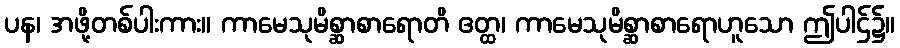
ပန၊ အဖို့တစ်ပါးကား။ ကာမေသုမိစ္ဆာစာရောတိ ဧတ္ထ၊ ကာမေသုမိစ္ဆာစာရောဟူသော ဤပါဌ်၌။